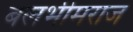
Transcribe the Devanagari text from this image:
बलभीमराज